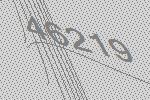
46219